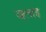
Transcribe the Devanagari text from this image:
जूलाइ